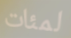
لمئات